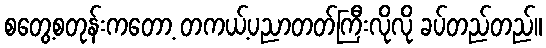
စတွေ့စတုန်းကတော့ တကယ့်ပညာတတ်ကြီးလိုလို ခပ်တည်တည်။